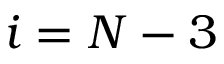
i = N - 3